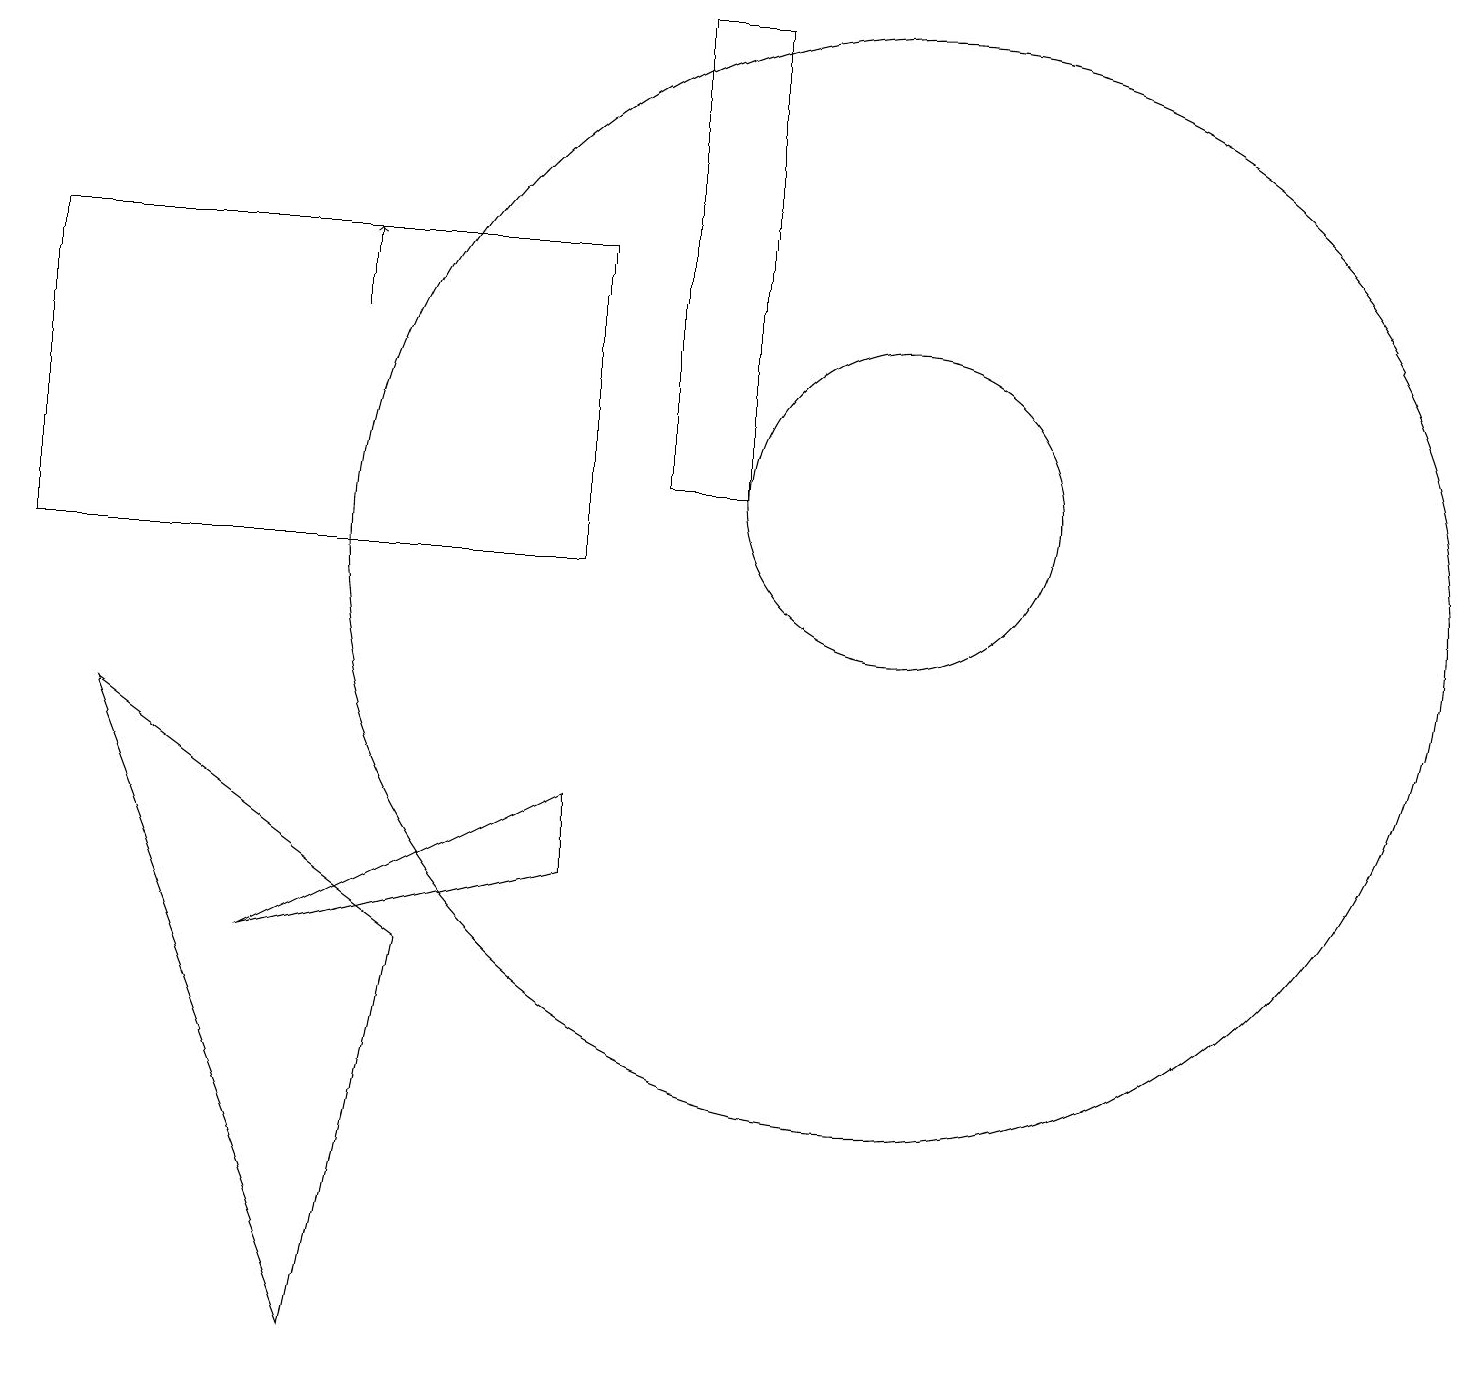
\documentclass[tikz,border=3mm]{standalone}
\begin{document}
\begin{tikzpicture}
\draw (8,11) rectangle (9,17);
\draw (7,7) -- (7,6) -- (3,5) -- cycle;
\draw (4,0) -- (5,5) -- (1,8) -- cycle;
\draw[->] (4,13) -- (4,14);
\draw (11,11) circle (2);
\draw (11,10) circle (7);
\draw (0,14) rectangle (7,10);
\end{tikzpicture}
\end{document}